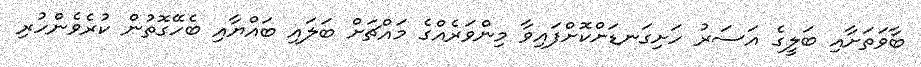
ބާވަތަށާއި ބަލީގެ އަސަރު ހަށިގަނޑަށްކޮށްފައިވާ މިންވަރެއްގެ މައްޗަށް ބަލައި ބައްޔާއި ބެހޭގޮތުން ކުރެވެންހުރި